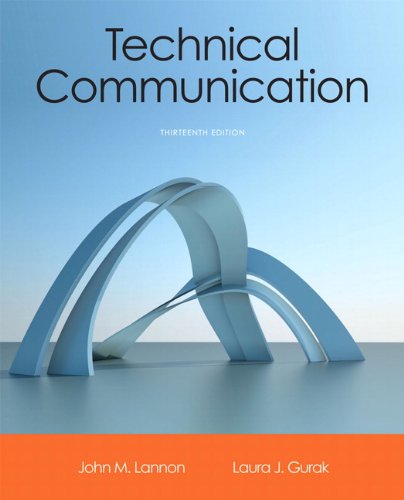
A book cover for Technical Communication (13th Edition); John M. Lannon; Reference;